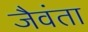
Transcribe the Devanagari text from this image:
जैवंता